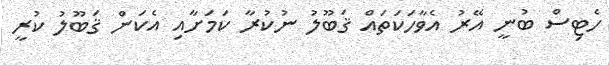
ހެޓިސް ބުނީ އޭރު އެވާހަކަތައް ޤަބޫލު ނުކުރާ ކަމަށާއި އެކަން ޤަބޫލު ކުރީ